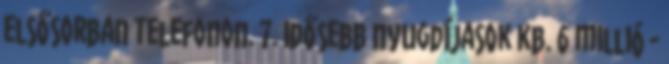
elsősorban telefonon. 7. Idősebb nyugdíjasok kb. 6 millió -